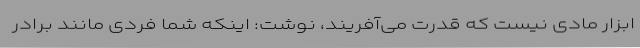
ابزار مادی نیست که قدرت می‌آفریند، نوشت: اینکه شما فردی مانند برادر